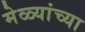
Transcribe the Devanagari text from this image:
मेळ्यांच्या